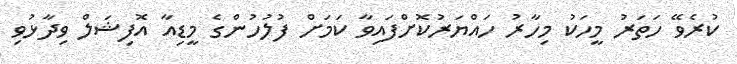
ކުރެވޭ ހަތަރު މީހަކު މިހާރު ހައްޔަރުކޮށްފައިވާ ކަމަށް ފުލުހުންގެ މީޑިއާ އޮފިޝަލް ވިދާޅުވި